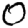
Digit: 0